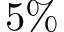
5 \%